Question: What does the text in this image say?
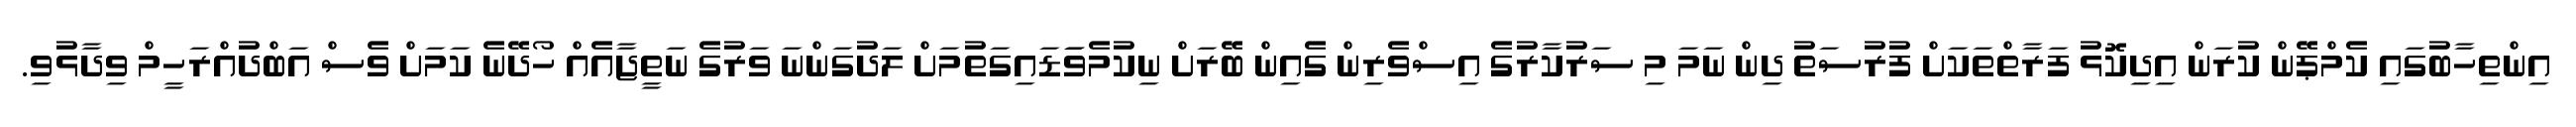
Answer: އިންތިހާބުގައި ކެމްޕޭން ކުރަން އިދިކޮޅު ފަރާތްތަކަށް ފުރުސަތު ދިން ނަމަ މި ސަރުކާރުގެ އިސްވެރިން ގެއިން ބޭރަށް ނިކުމެވަަޑައިގަތުމަށް ލަދުގަންނަ ވަރުގެ ނަތީޖާއެއް ހޯދޭނެ ކަމަށް ވެސް އަބްދުއްރަހީމް ވިދާޅުވި.